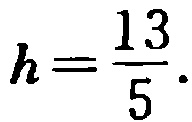
\(h=\frac{13}{5}.\)